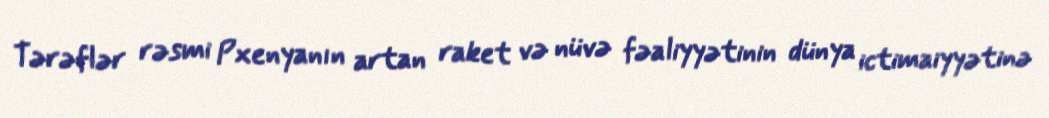
Tərəflər rəsmi Pxenyanın artan raket və nüvə fəaliyyətinin dünya ictimaiyyətinə